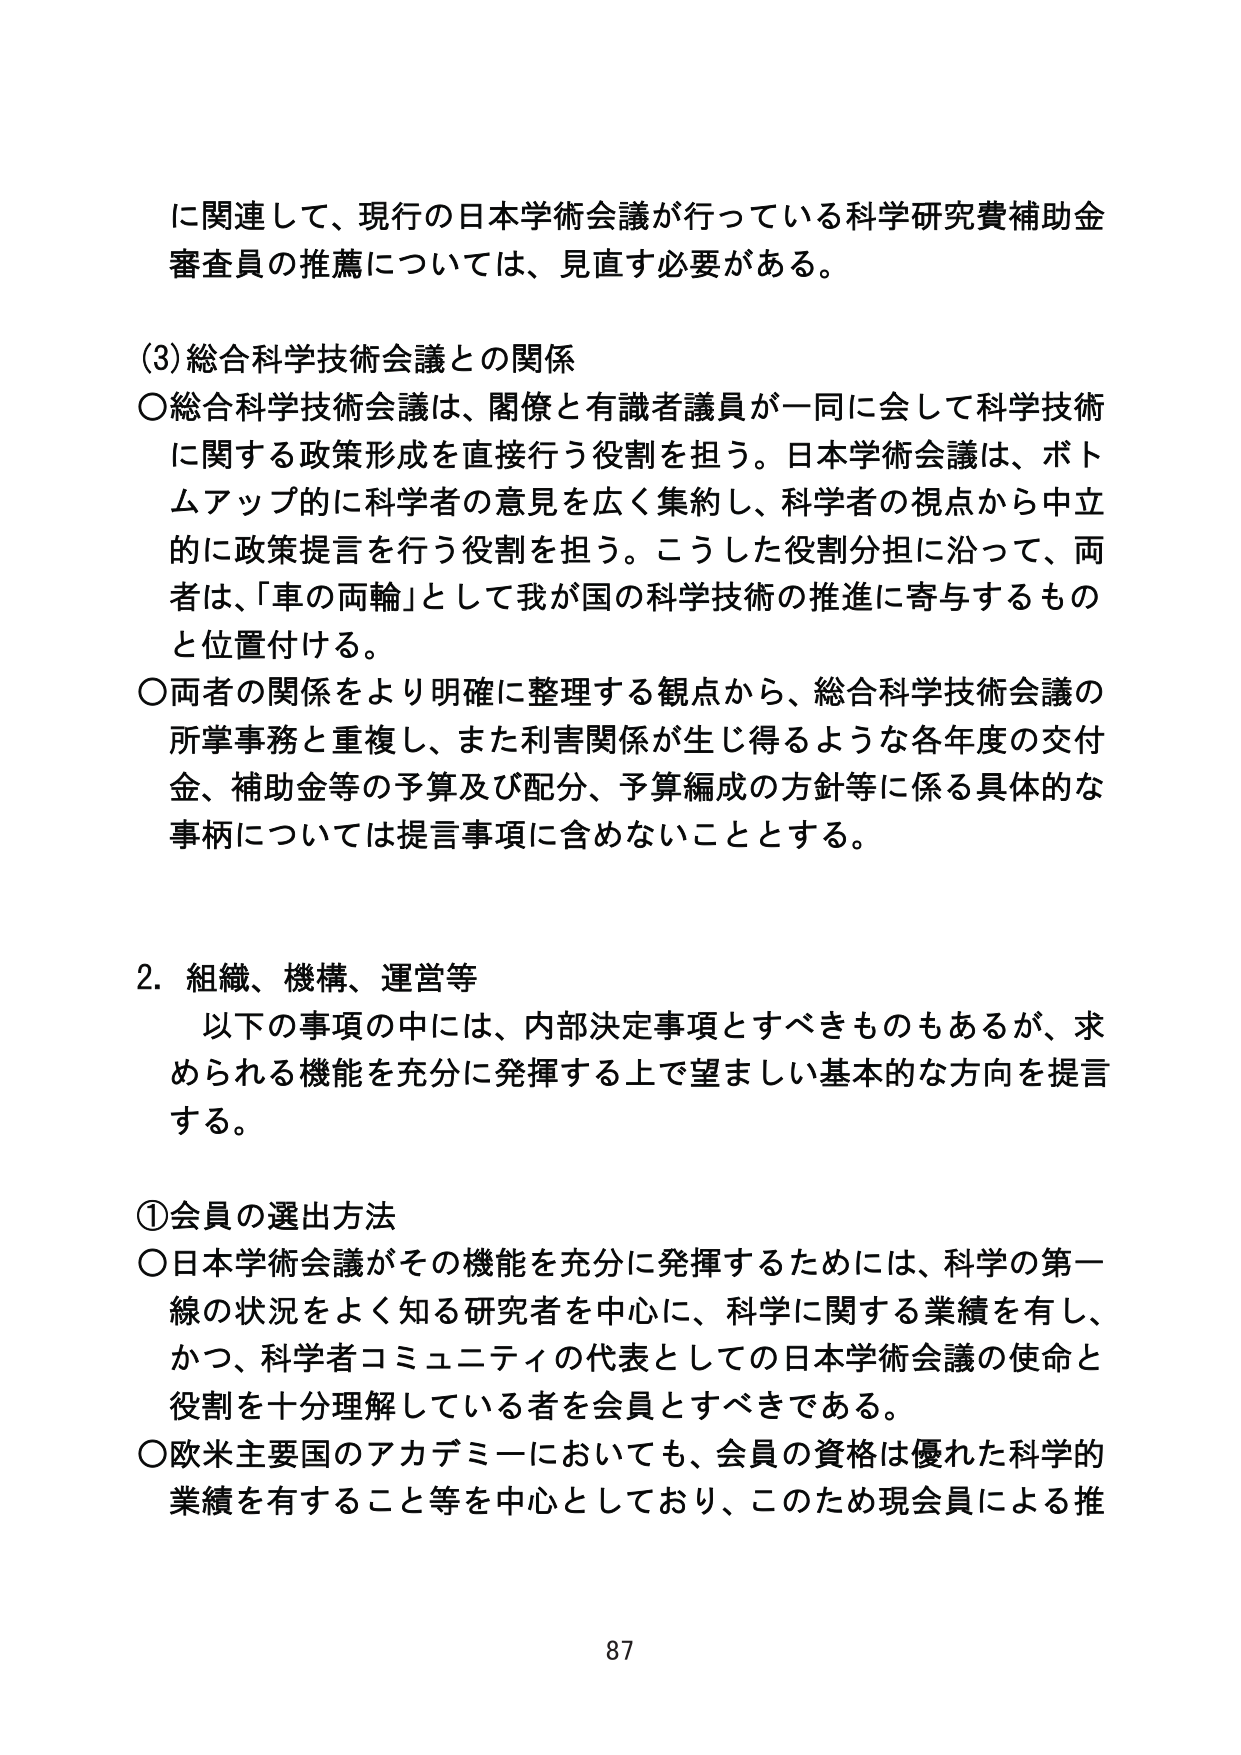
に関連して、現行の日本学術会議が行っている科学研究費補助金審査員の推薦については、見直す必要がある。

(3) 総合科学技術会議との関係
○総合科学技術会議は、閣僚と有識者議員が一同に会して科学技術に関する政策形成を直接行う役割を担う。日本学術会議は、ボトムアップ的に科学者の意見を広く集約し、科学者の視点から中立的に政策提言を行う役割を担う。こうした役割分担に沿って、両者は、「車の両輪」として我が国の科学技術の推進に寄与するものと位置付ける。
○両者の関係をより明確に整理する観点から、総合科学技術会議の所掌事務と重複し、また利害関係が生じ得るような各年度の交付金、補助金等の予算及び配分、予算編成の方針等に係る具体的な事柄については提言事項に含めないこととする。

2. 組織、機構、運営等
以下の事項の中には、内部決定事項とすべきものもあるが、求められる機能を充分に発揮する上で望ましい基本的な方向を提言する。

①会員の選出方法
○日本学術会議がその機能を充分に発揮するためには、科学の第一線の状況をよく知る研究者を中心に、科学に関する業績を有し、かつ、科学者コミュニティの代表としての日本学術会議の使命と役割を十分理解している者を会員とすべきである。
○欧米主要国のアカデミーにおいても、会員の資格は優れた科学的業績を有すること等を中心としており、このため現会員による推

87